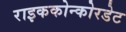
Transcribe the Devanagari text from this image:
राइककोन्कोरडेट